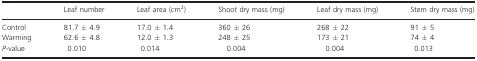
<table><thead><tr><td></td><td><b>Leaf number</b></td><td><b>Leaf area (cm<sup>2</sup>)</b></td><td><b>Shoot dry mass (mg)</b></td><td><b>Leaf dry mass (mg)</b></td><td><b>Stem dry mass (mg)</b></td></tr></thead><tbody><tr><td>Control</td><td>81.7 ± 4.9</td><td>17.0 ± 1.4</td><td>360 ± 26</td><td>268 ± 22</td><td>91 ± 5</td></tr><tr><td>Warming</td><td>62.6 ± 4.8</td><td>12.0 ± 1.3</td><td>248 ± 25</td><td>173 ± 21</td><td>74 ± 4</td></tr><tr><td><i>P</i>‐value</td><td>0.010</td><td>0.014</td><td>0.004</td><td>0.004</td><td>0.013</td></tr></tbody></table>